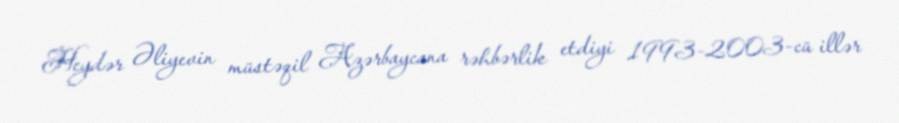
Heydər Əliyevin müstəqil Azərbaycana rəhbərlik etdiyi 1993-2003-cü illər